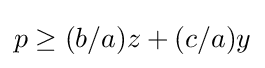
p\geq (b/a)z+(c/a)y